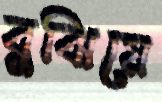
বুঝিয়ে